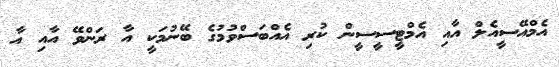
އެމްއޭސީއެލް އާއި އެމްޓީސީސީން ކުރި އެއްބަސްވުމުގެ ބޭނުމަކީ އާ ރަންވޭ އާއި އާ